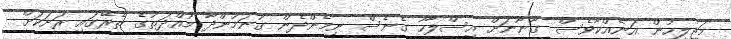
މަޖިލީހުން އަނެއްކާވެސް ގާނޫނަށް އިސްލާހު ގެނެސް ނިމެންދެން ގުނަމުންދާ މުއްދަތުގެ ތެރޭގައި ރަށަކަށް